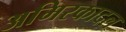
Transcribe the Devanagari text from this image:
अमिरकादल